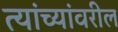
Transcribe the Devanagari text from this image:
त्यांच्यांवरील